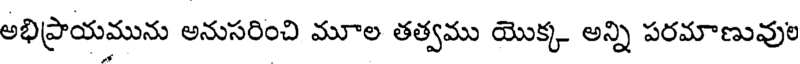
అభిప్రాయమును అనుసరించి మూల తత్వము యొక్క అన్ని పరమాణువుల